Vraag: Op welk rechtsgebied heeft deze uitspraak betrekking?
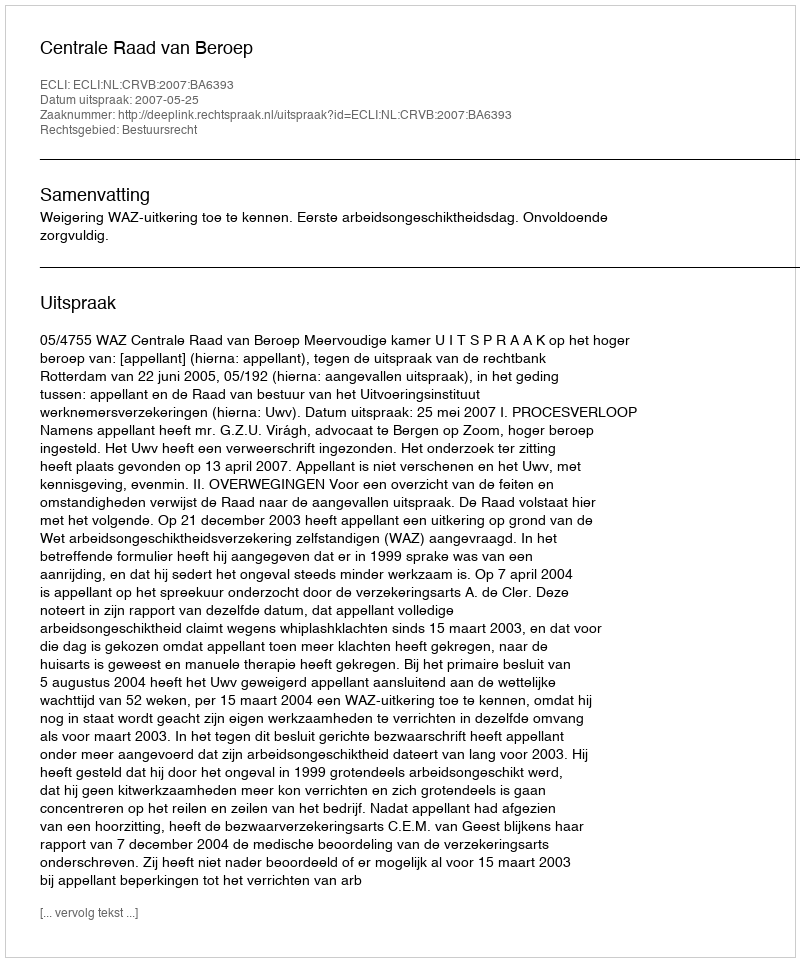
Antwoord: Bestuursrecht